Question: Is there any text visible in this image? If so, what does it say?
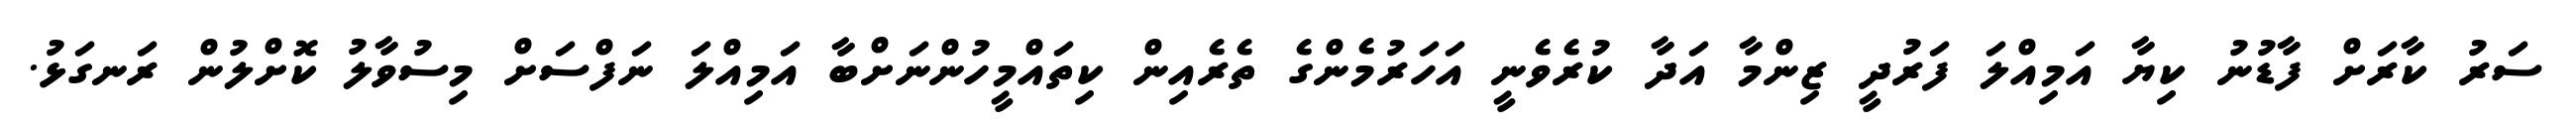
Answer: ސަރު ކާރަށް ފާޑުނު ކިޔާ އަމިއްލަ ފަރުދީ ޒިންމާ އަދާ ކުރެވެނީ އަހަރުމެންގެ ތެރެއިން ކިތައްމީހުންނަށްބާ އަމިއްލަ ނަފްސަށް މިސުވާލު ކޮށްލުން ރަނގަޅު.